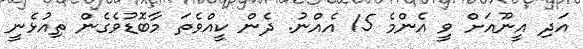
އަދި އީނޫއަށް ވީ އެންމެ 15 އެއްނު. ދެން ކީއްވެތަ މާބޮޑުވެގެން ތިއުޅެނީ